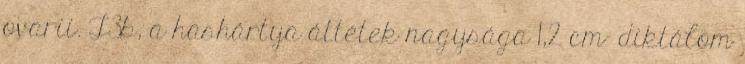
ovarii. T3b, a hashártya áttétek nagysága 1,2 cm- diktálom